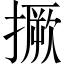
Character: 撅